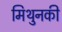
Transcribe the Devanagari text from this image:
मिथुनकी